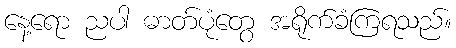
နေ့ရော ညပါ ဓာတ်ပုံတွေ အရိုက်ခံကြရသည်။